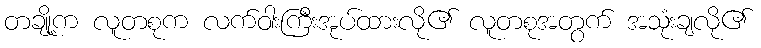
တချို့က လူတစုက လက်ဝါးကြီးအုပ်ထားလို၏ လူတစုအတွက် အသုံးချလို၏